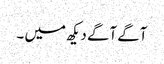
آگے آگے دیکھ میں ۔